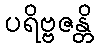
ပရိဗ္ဗဇန္တိ